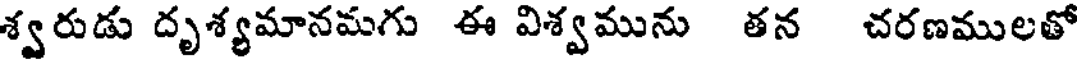
శ్వరుడు దృశ్యమానమగు ఈ విశ్వమును తన చరణములతో